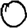
Digit: 0